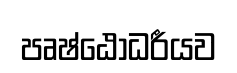
පෘෂ්ඨෝධරීයව